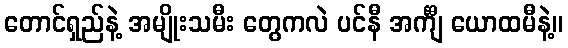
တောင်ရှည်နဲ့ အမျိုးသမီး တွေကလဲ ပင်နီ အင်္ကျီ ယောထမီနဲ့။